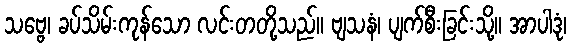
သဗ္ဗေ၊ ခပ်သိမ်းကုန်သော လင်းတတို့သည်။ ဗျသနံ၊ ပျက်စီးခြင်းသို့။ အာပါဒုံ၊